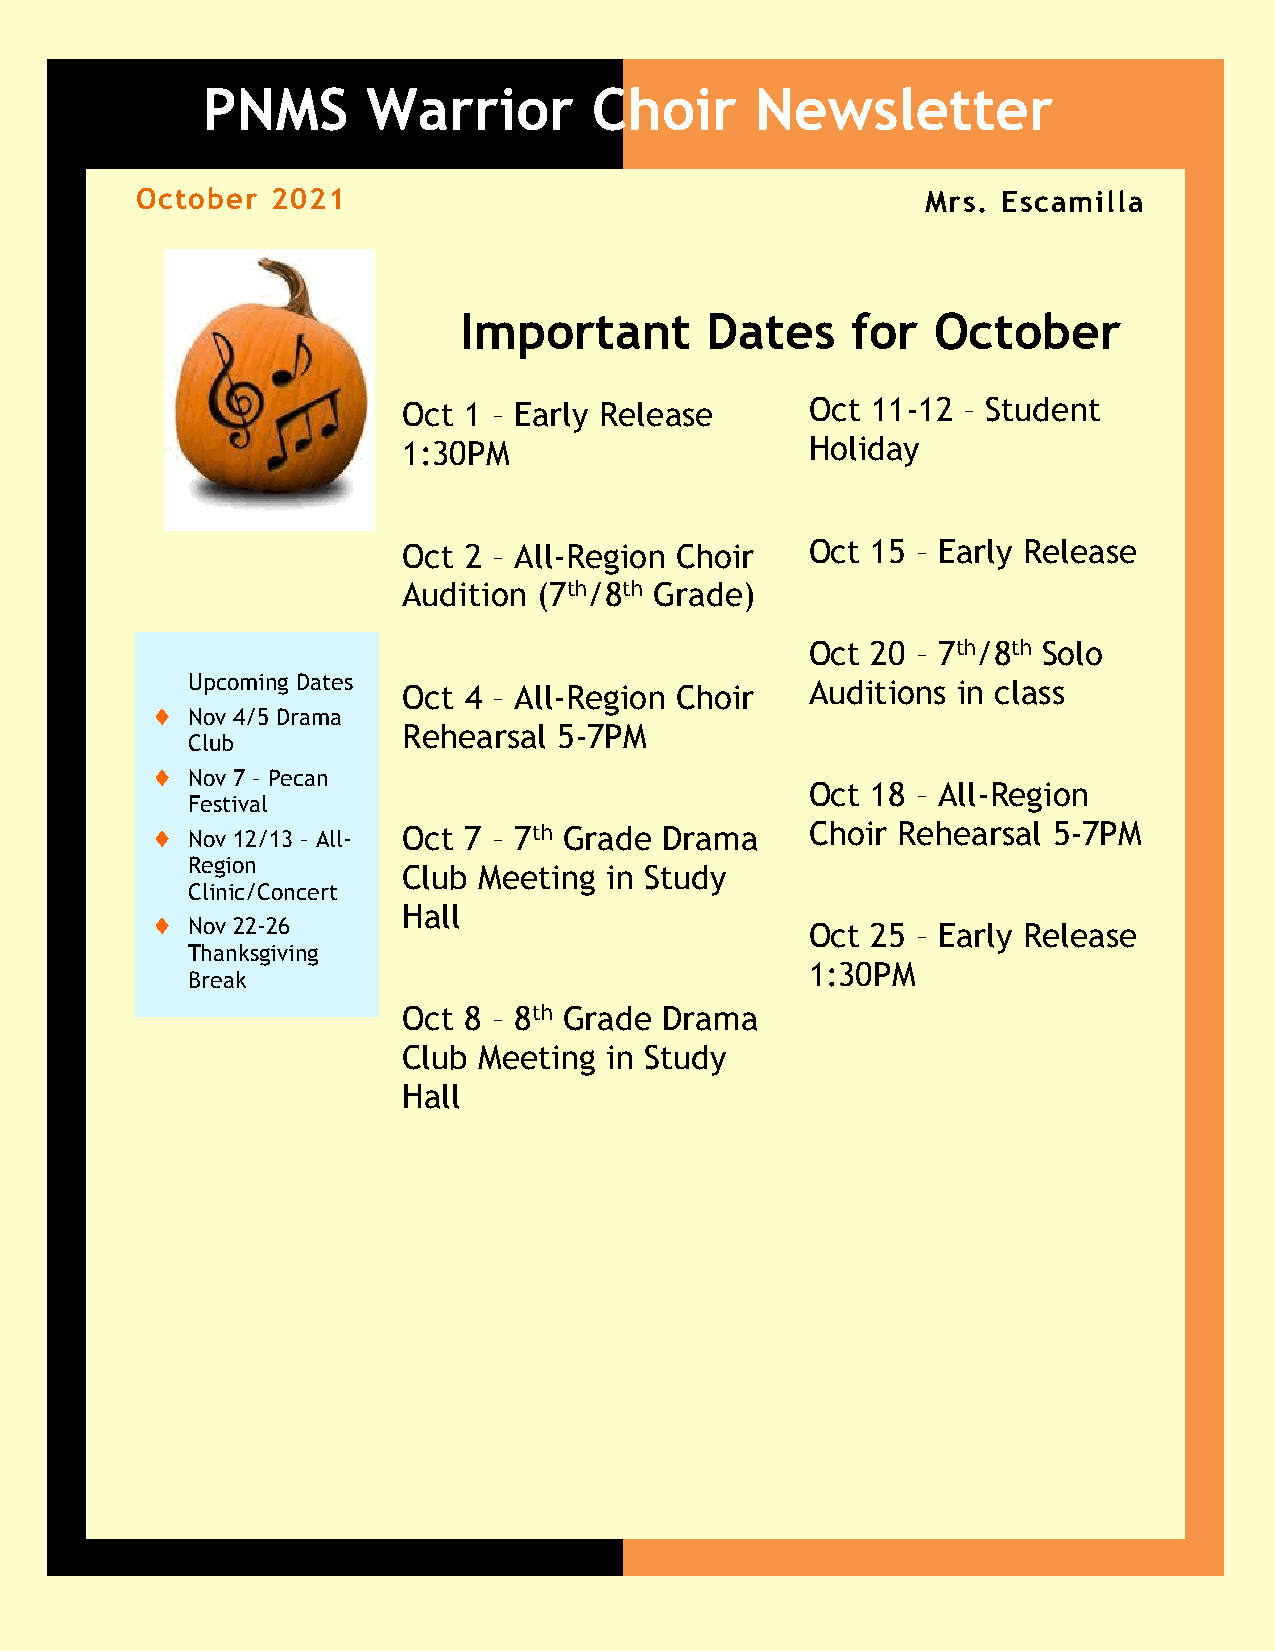
PNMS       Warrior        Choir      Newsletter
 Oct ober 2021                                       Mrs. Escamilla
 Important        Dates    for   October
 Oct 1 – Early Release      Oct 11-12 – Student
 1:30PM                     Holiday
 Oct 2 – All-Region Choir   Oct 15 – Early Release
 Audition (7th/8th Grade)
 Oct 20 – 7th/8th Solo
 Upcoming Dates Oct 4 – All-Region Choir   Auditions in class
  Nov 4/5 Drama
 Rehearsal 5-7PM
 Club
  Nov 7 – Pecan
 Oct 18 – All-Region
 Festival
  Nov 12/13 – All- Oct 7 – 7th Grade Drama  Choir Rehearsal 5-7PM
 Region
 Club Meeting in Study
 Clinic/Concert
 Hall
  Nov 22-26                                 Oct 25 – Early Release
 Thanksgiving
 1:30PM
 Break
 Oct 8 – 8th Grade Drama
 Club Meeting in Study
 Hall